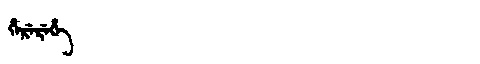
Manchu: ᡥᡝᡵᡝᡵᡝᡥᡝ
Romanization: HEREREHE